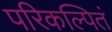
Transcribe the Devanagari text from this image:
परिकल्पितं